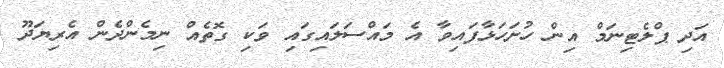
އަދި ޕްލެޓިނަމް އިން ހުށަހަޅާފައިވާ އެ މައްސަލައިގައި ވަކި ގޮތެއް ނިމެންދެން އެރިޔަދޫ